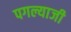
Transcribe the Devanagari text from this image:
पगल्याजी